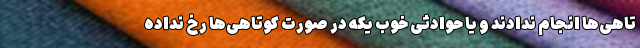
تاهی‌ها انجام ندادند و یا حوادثی خوب یکه در صورت کوتاهی‌ها رخ نداده